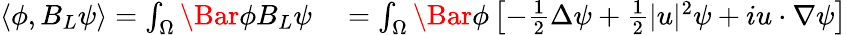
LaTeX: \begin{array}{rl}{\langle\phi,B_{L}\psi\rangle=\int_{\Omega}\Bar{\phi}B_{L}\psi}&{{}=\int_{\Omega}\Bar{\phi}\left[-\frac{1}{2}\Delta\psi+\frac{1}{2}\lvert u\rvert^{2}\psi+iu\cdot\nabla\psi\right]}\end{array}